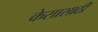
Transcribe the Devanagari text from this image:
केसासाठी